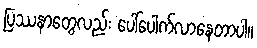
ပြဿနာတွေလည်း ပေါ်ပေါက်လာနေတာပါ။